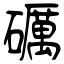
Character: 礪